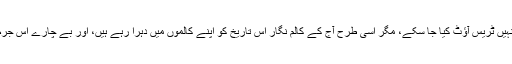
ان پچھلی تاریخوں کے اردو اخبارات یونیکوڈ میں تو میسر نہیں کہ سرچ کرکے انہیں ٹریس آؤٹ کیا جا سکے، مگر اسی طرح آج کے کالم نگار اس تاریخ کو اپنے کالموں میں دہرا رہے ہیں، اور بے چارے اس جرم کرنے پر اسلام دشمنی اور پاکستان دشمنی جیسے الزامات کا نشانہ بن رہے ہیں۔